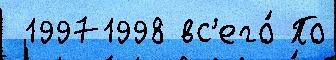
 19971998 вс'его́ По